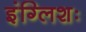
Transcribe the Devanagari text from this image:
इंग्लिशः